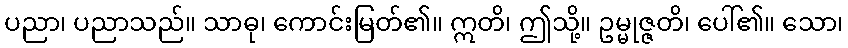
ပညာ၊ ပညာသည်။ သာဓု၊ ကောင်းမြတ်၏။ ဣတိ၊ ဤသို့။ ဥမ္မုဇ္ဇတိ၊ ပေါ်၏။ သော၊